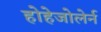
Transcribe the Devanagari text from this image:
होहेजोलेर्न